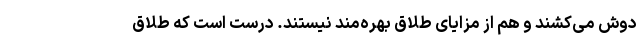
دوش می‌کشند و هم از مزایای طلاق بهره‌مند نیستند. درست است که طلاق